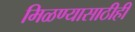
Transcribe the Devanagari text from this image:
मिळण्यासाठीही